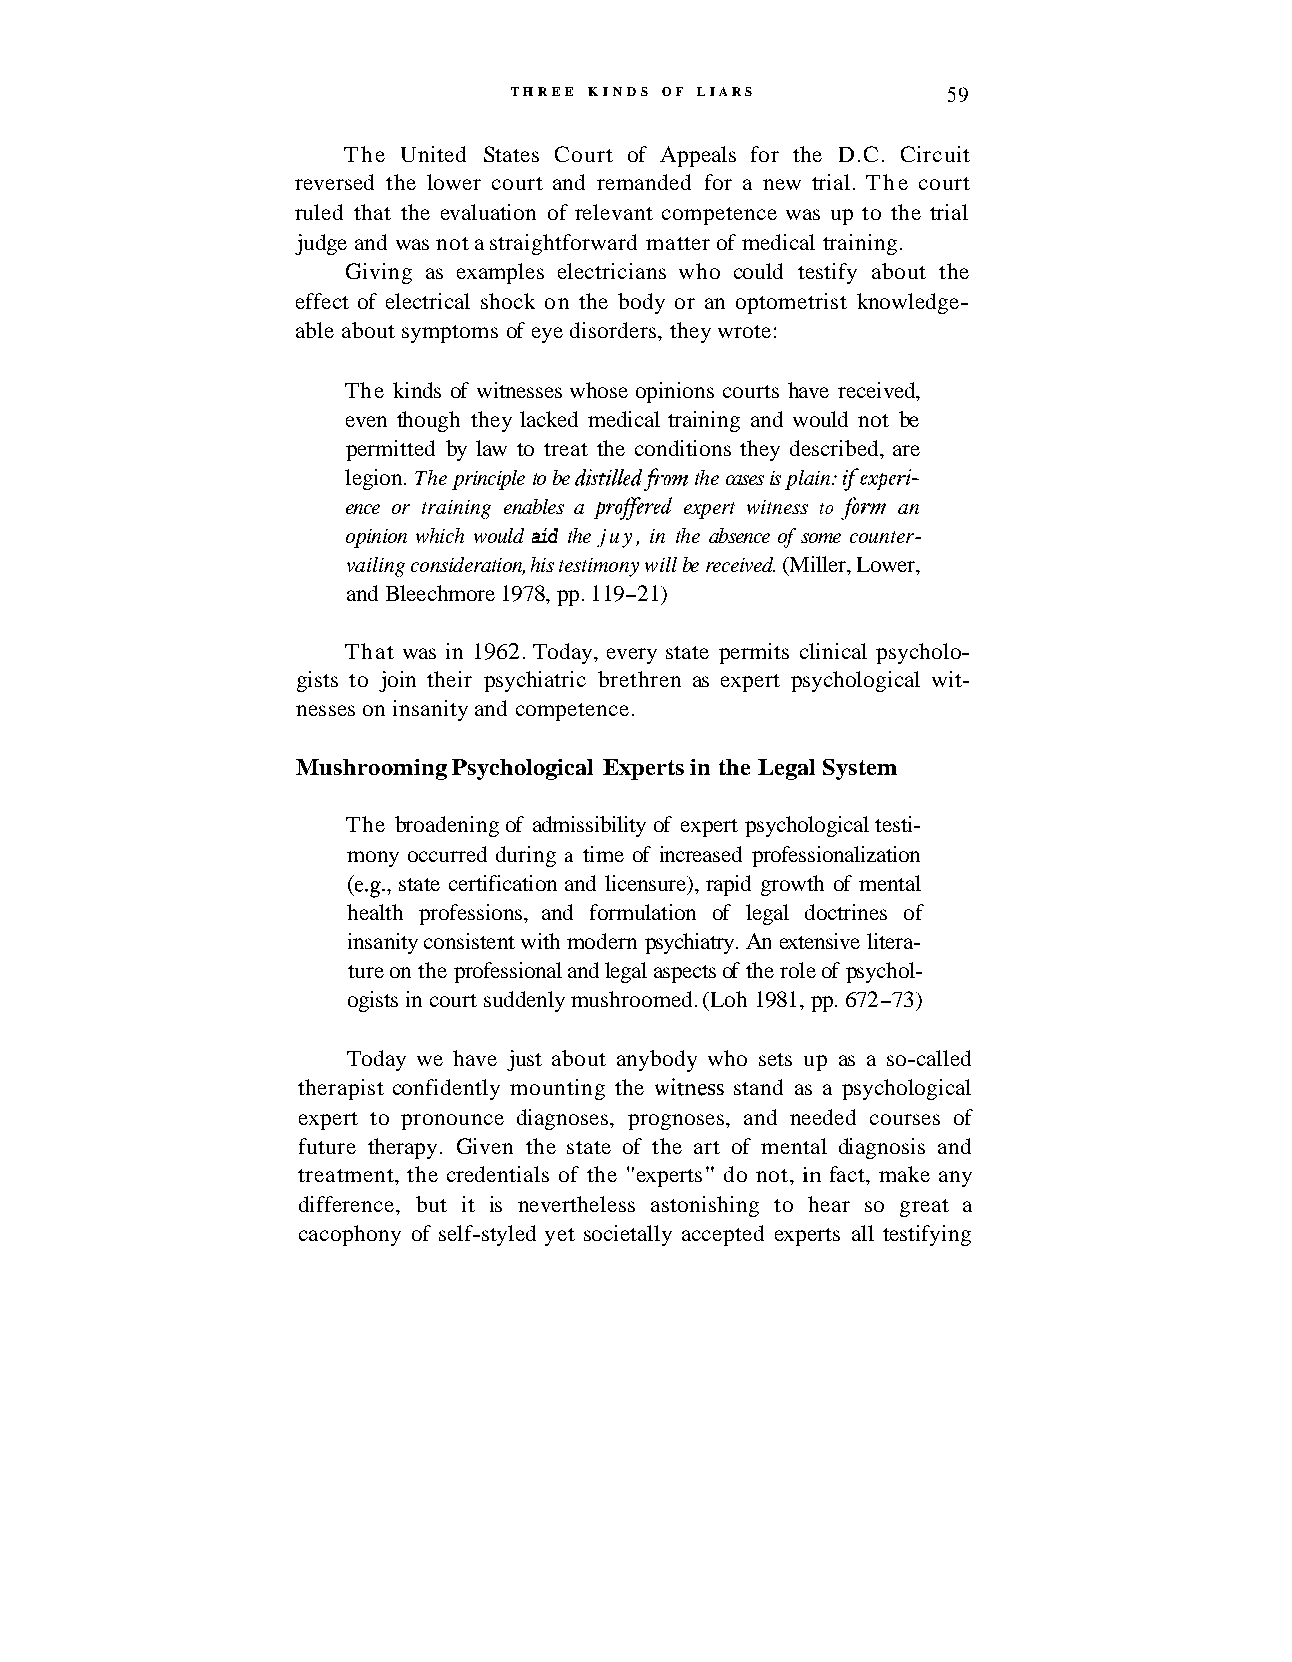
THREE KINDS OF LIARS         5 9
 The United States Court of Appeals for the D.C. Circuit
 reversed the lower court and remanded for a new trial. The court
 ruled that the evaluation of relevant competence was up to the trial
 judge and was not a straightforward matter of medical training.
 Giving as examples electricians who could testify about the
 effect of electrical shock on the body or an optometrist knowledge-
 able about symptoms of eye disorders, they wrote:
 The kinds of witnesses whose opinions courts have received,
 even though they lacked medical training and would not be
 permitted by law to treat the conditions they described, are
 legion. The principle to be distilledfiom the cases is plain: ifexperi-
 ence or training enables a profered expert witness to fom an
 opinion which would aid the juy, in the absence of some counter-
 vailing consideration, his testimony will be received. (Miller, Lower,
 and Bleechmore 1978, pp. 11 9-2 1)
 That was in 1962. Today, every state permits clinical psycholo-
 gists to join their psychiatric brethren as expert psychological wit-
 nesses on insanity and competence.
 Mushrooming Psychological Experts in the Legal System
 The broadening of admissibility of expert psychological testi-
 mony occurred during a time of increased professionalization
 (e.g., state certification and licensure), rapid growth of mental
 health professions, and formulation of legal doctrines of
 insanity consistent with modern psychiatry. An extensive litera-
 ture on the professional and legal aspects of the role of psychol-
 ogists in court suddenly mushroomed. (Loh 1981, pp. 672-73)
 Today we have just about anybody who sets up as a so-called
 therapist confidently mounting the witness stand as a psychological
 expert to pronounce diagnoses, prognoses, and needed courses of
 future therapy. Given the state of the art of mental diagnosis and
 treatment, the credentials of the "experts" do not, in fact, make any
 difference, but it is nevertheless astonishing to hear so great a
 cacophony of self-styled yet societally accepted experts all testifying